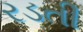
રડતી